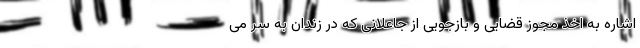
اشاره به اخذ مجوز قضایی و بازجویی از جاعلانی که در زندان به سر می